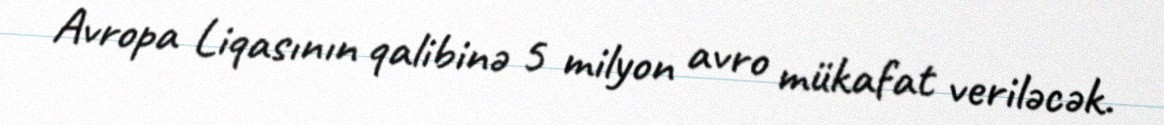
Avropa Liqasının qalibinə 5 milyon avro mükafat veriləcək.